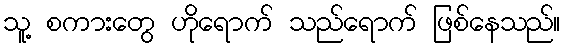
သူ့ စကားတွေ ဟိုရောက် သည်ရောက် ဖြစ်နေသည်။